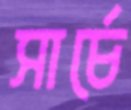
সার্চে